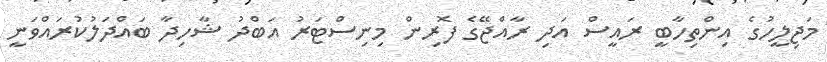
މަޖިލީހުގެ އިންތިހާބީ ރައީސް އަދި ރާއްޖޭގެ ފޮރިން މިނިސްޓަރު އަބްދު ޝާހިދާ ބައްދަލުކުރައްވަނީ